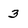
Character: 3